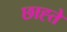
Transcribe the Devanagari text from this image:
छाह्ते